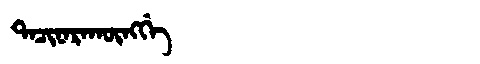
Manchu: ᡨᠠᠴᡳᠨᠠᡵᠠᡴᡡᠩᡤᡝ
Romanization: TACINARAKŪNGGE